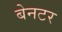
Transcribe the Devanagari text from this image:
बेनटर